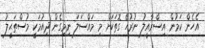
އެހެން ކަމުން އިސްރާއީލު ނުރުހޭ ގޮތަކަށް މި މައްސަލަ ނިމިގެން ދިއުމަކީ މުސްތަޙީލު